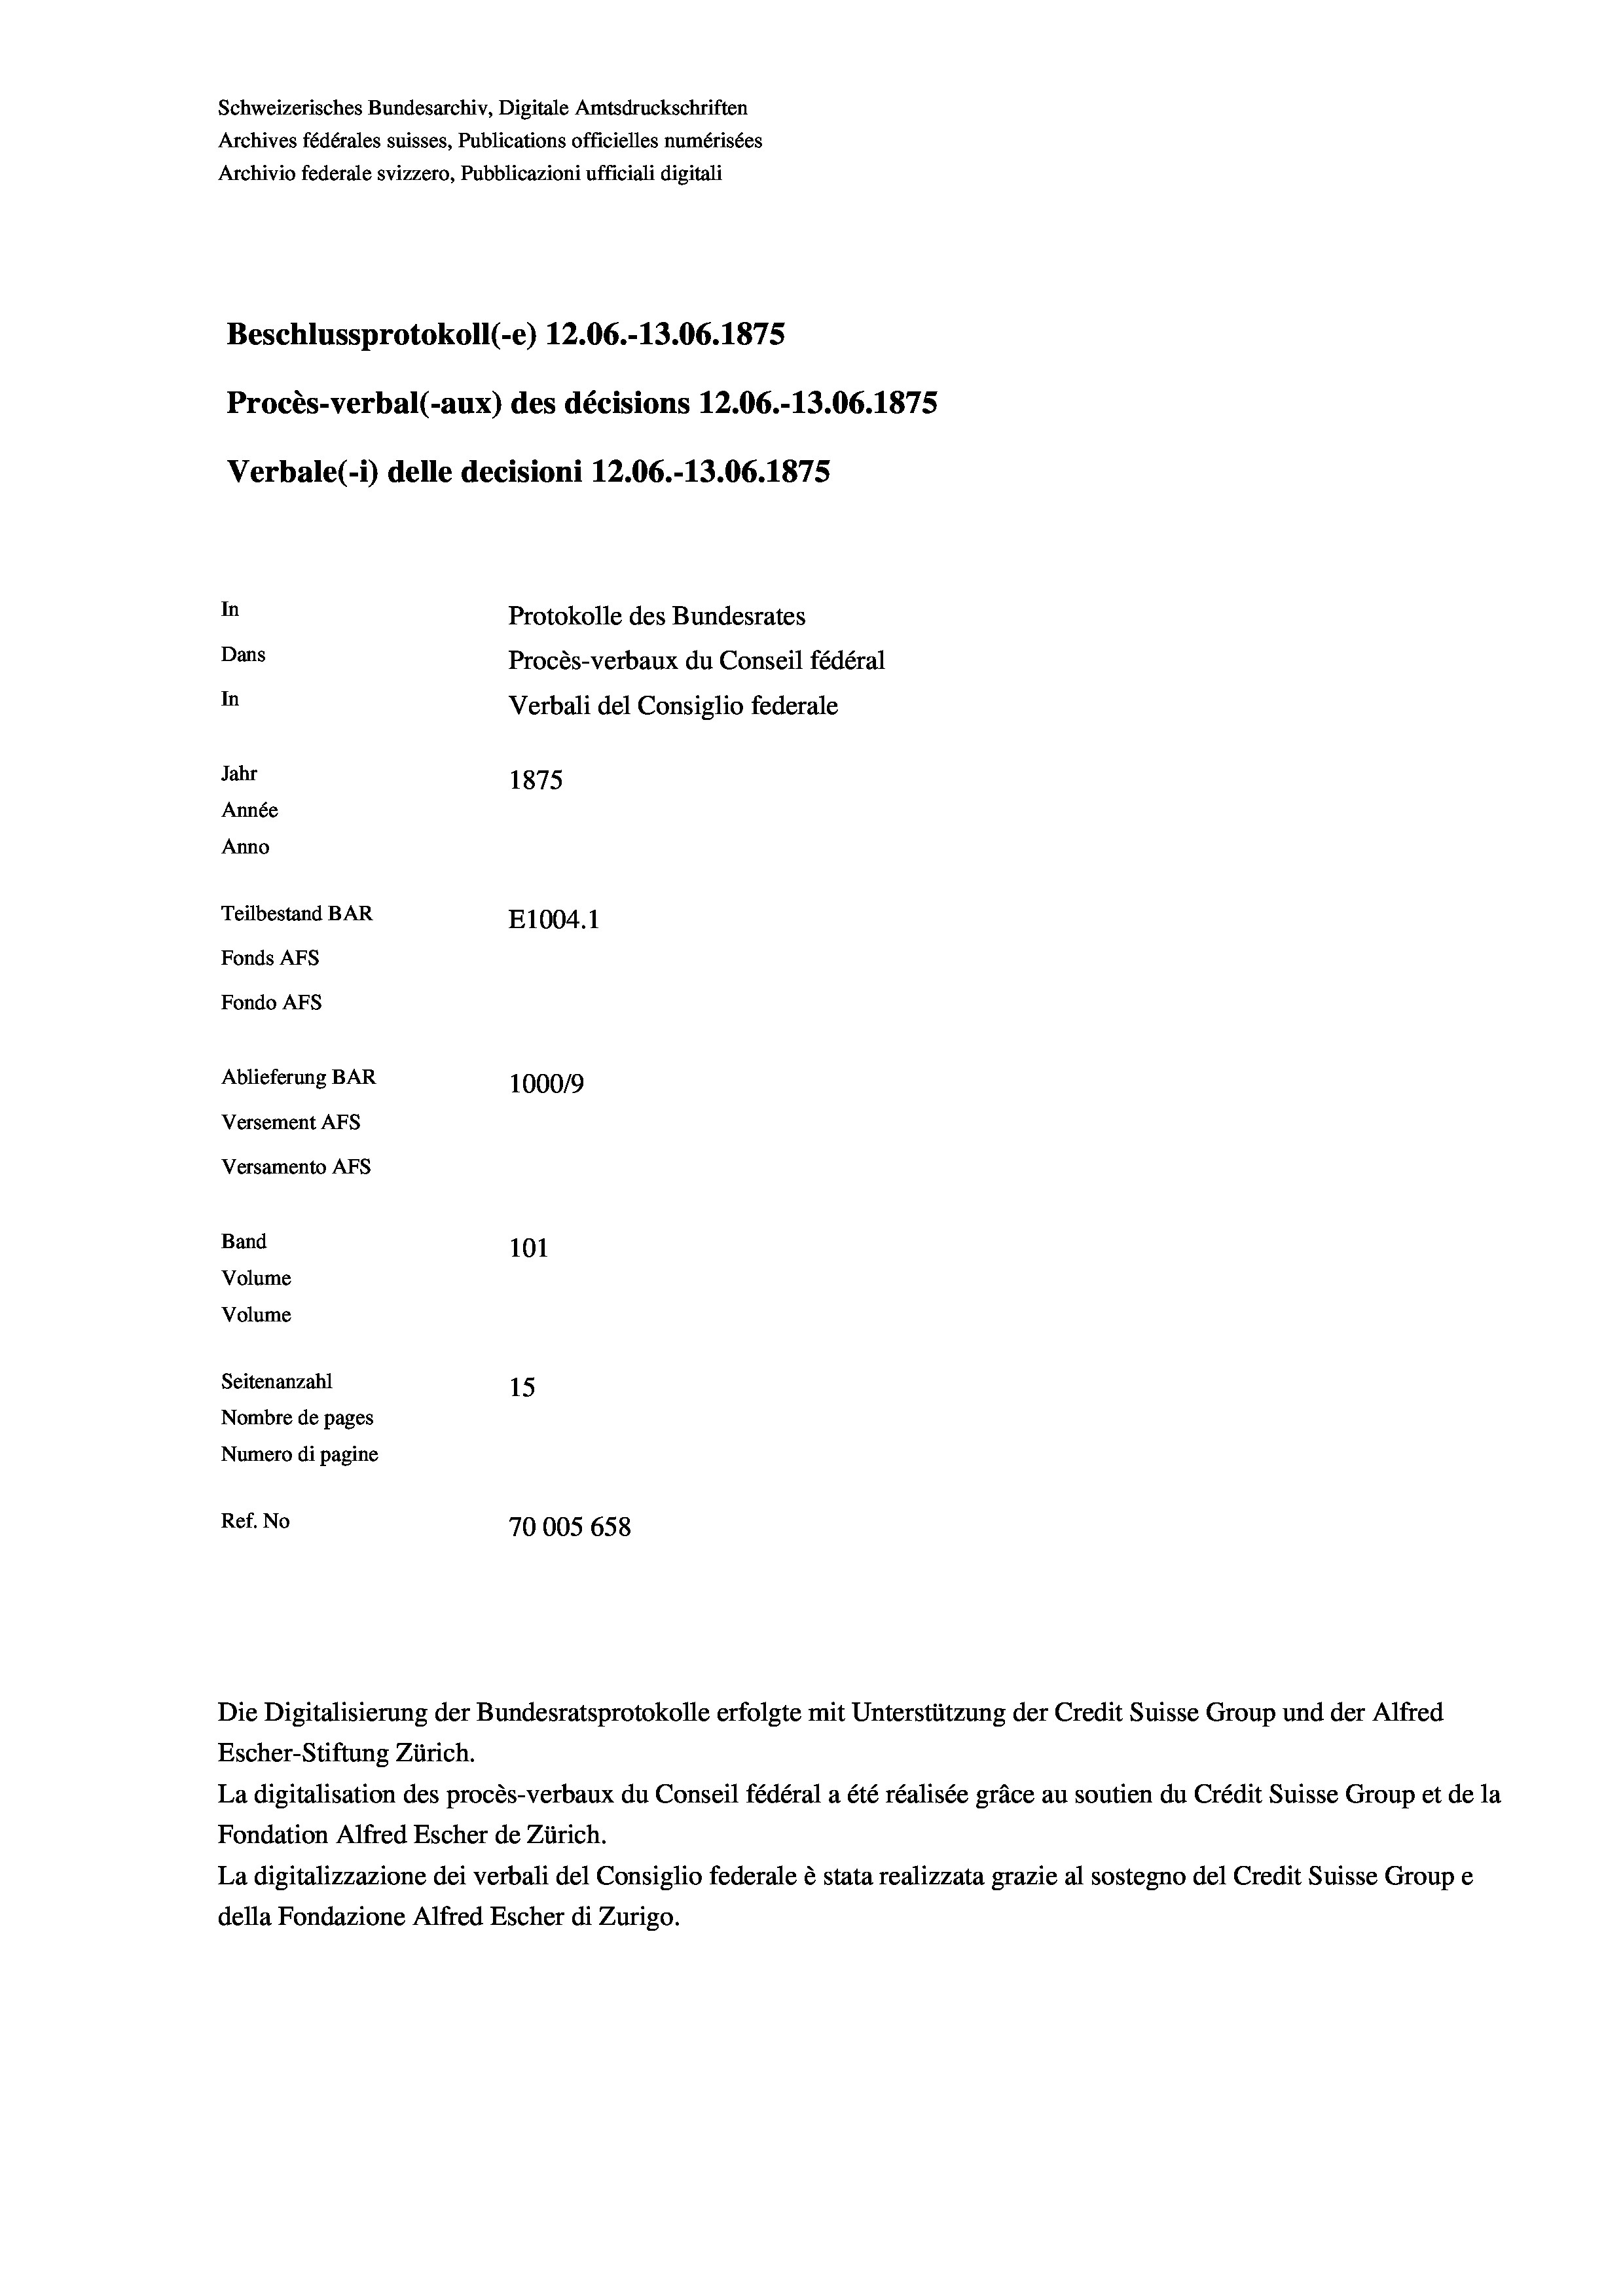
Schweizerisches Bundesarchiv, Digitale Amtsdruckschriften
Archives fédérales suisses, Publications officielles numérisées
Archivio federale svizzero, Pubblicazioni ufficiali digitali

Beschlussprotokoll (-e) 12.06.-13.06. 1875
Protokolle des Bundesrates
Dans
Procès-verbaux du Conseil fédéral
In
Verbali del Consiglio federale
Jahr
1875
Année
Anno
Teilbestand BAR
E1004. 1
Fonds AFs
Fondo Afs

In

Ablieferung BAR
Versement AFs
Versamento AFs
Band
Volume
Volume
Seitenanzahl
Nombre de pages
Numero di pagine

Procès-verbal (-aux) des décisions 12.06.-13.06. 1875
Verbale(-*) delle decisioni 12.06.-13.06. 1875

101
15
Ref. No
70005658

100019

Die Digitalisierung der Bundesratsprotokolle erfolgte mit Unterstützung der Credit Suisse Group und der Alfred
Escher-Stiftung Zürich.
La digitalisation des procès-verbaux du Conseil fédéral a été réalisée gräce au soutien du Crédit Suisse Group et de la
Fondation Alfred Escher de Zürich.
La digitalizzazione dei verbali del Consiglio federale è stata realizzata grazie al sostegno del Credit Suisse Groupe
della Fondazione Alfred Escher di Zurigo.